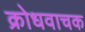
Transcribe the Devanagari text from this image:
क्रोधवाचक